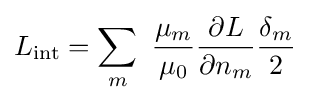
L_{\mathrm {int} }=\sum _{m}\ {\frac {\mu _{m}}{\mu _{0}}}{\frac {\partial L}{\partial n_{m}}}{\frac {\delta _{m}}{2}}